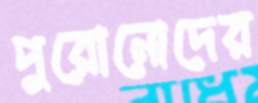
পুরোনোদের